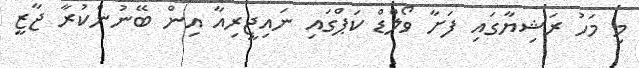
މި މަހު ރަޝިޔާގައި ފަށާ ވޯލްޑް ކަޕްގައި ނައިޖީރިއާ އިން ބޭނުންކުރާ ޖާޒީ